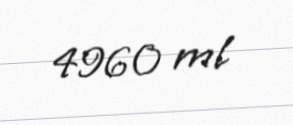
4960 ml